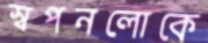
স্বপনলোকে